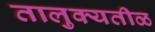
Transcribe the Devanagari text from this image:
तालुक्यतीळ